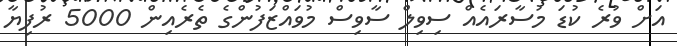
އަށް ވުރެ ކުޑަ މުސާރައެއް ސިވިލް ސާވިސް މުވައްޒަފުންގެ ތެރެއިން 5000 ރުފިޔާ